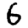
Digit: 6